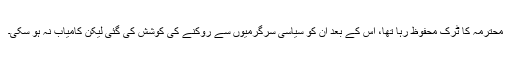
محترمہ کا ٹرک محفوظ رہا تھا، اس کے بعد ان کو سیاسی سرگرمیوں سے روکنے کی کوشش کی گئی لیکن کامیاب نہ ہو سکی۔